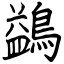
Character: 鷁